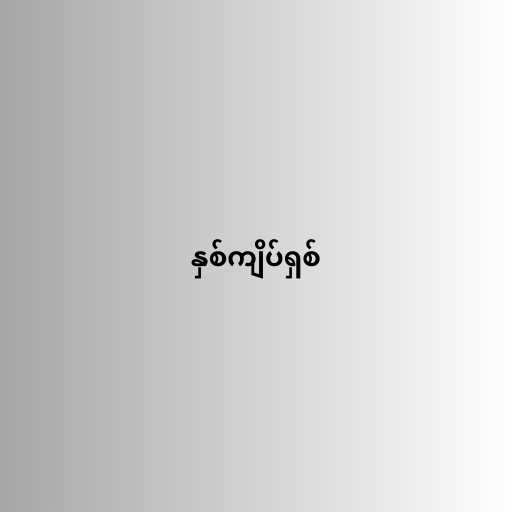
နှစ်ကျိပ်ရှစ်